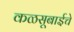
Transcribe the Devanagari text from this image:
कळसूबाईचे